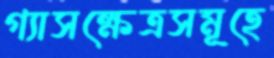
গ্যাসক্ষেত্রসমূহে